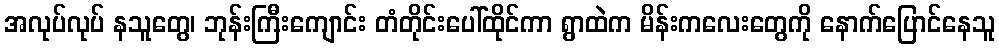
အလုပ်လုပ် နသူတွေ၊ ဘုန်းကြီးကျောင်း တံတိုင်းပေါ်ထိုင်ကာ ရွာထဲက မိန်းကလေးတွေကို နောက်ပြောင်နေသူ